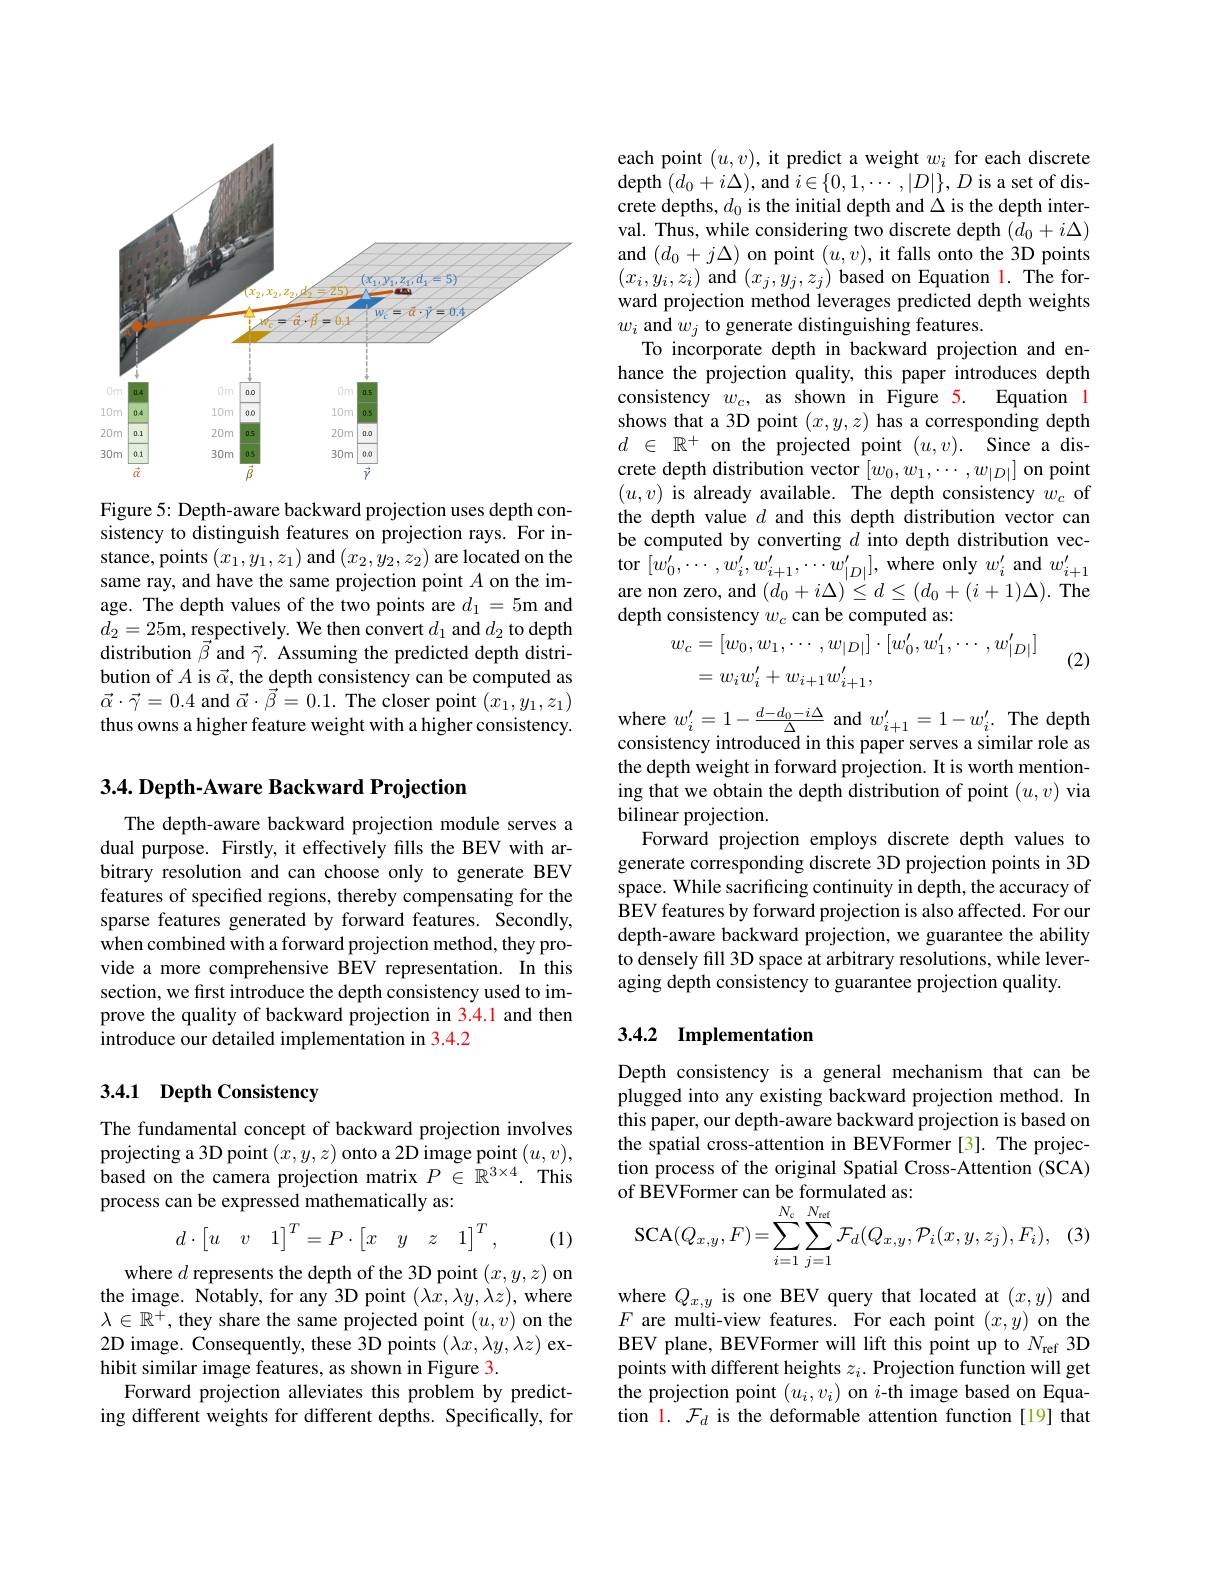
<FigureHere>

Figure 5: Depth-aware backward projection uses depth consistency to distinguish features on projection rays. For instance, points $(x_1,y_1,z_1)$ and $(x_2,y_2,z_2)$ are located on the same ray, and have the same projection point $A$ on the image. The depth values of the two points are $d_1=5$m and $d_2=25$m, respectively. We then convert $d_1$ and $d_2$ to depth distribution $\vec{\beta}$ and $\vec{\gamma}.$ Assuming the predicted depth distribution of $A$ is $\vec{\alpha}$, the depth consistency can be computed as $\vec{\alpha}\cdot\vec{\gamma}=0.4$ and $\vec{\alpha}\cdot\vec{\beta}=0.1.$ The closer point $(x_1,y_1,z_1)$ thus owns a higher feature weight with a higher consistency.

$3. 4. \textbf{ Depth- Aware Backward Projection}$

The depth-aware backward projection module serves a dual purpose. Firstly, it effectively fills the BEV with arbitrary resolution and can choose only to generate BEV features of specified regions, thereby compensating for the sparse features generated by forward features. Secondly, $\hat{\text{when combined with a forward projection method, they pro-}}$ vide a more comprehensive BEV representation. In this section, we first introduce the depth consistency used to improve the quality of backward projection in 3.4.1 and then introduce our detailed implementation in 3.4.2

## 3.4.1 Depth Consistency

The fundamental concept of backward projection involves $\begin{array}{l}\text{projecting a 3D point}\left(x,y,z\right)\text{onto a 2D image point}\left(u,v\right),\\\text{based on the camera projection matrix }P\in\mathbb{R}^{3\times4}.&\text{This}\end{array}$ process can be expressed mathematically as:
$$d\cdot\begin{bmatrix}u&v&1\end{bmatrix}^T=P\cdot\begin{bmatrix}x&y&z&1\end{bmatrix}^T,$$
(1)

where $d$ represents the depth of the 3D point $(x,y,z)$ on the image. Notably, for any 3D point $(\lambda x,\lambda y,\lambda z)$,where $\lambda\in\mathbb{R}^+$, they share the same projected point $(u,v)$ on the 2D image. Consequently, these 3D points $(\lambda x,\lambda y,\lambda z)$ exhibit similar image features, as shown in Figure 3.
Forward projection alleviates this problem by predicting different weights for different depths. Specifically, for

each point $(u,v)$, it predict a weight $w_i$ for each discrete depth $(d_0+i\Delta)$, and $i\in\{0,1,\cdots,|D|\},D$ is a set of discrete depths, $d_0$ is the initial depth and $\Delta$ is the depth interval. Thus, while considering two discrete depth $(d_0+i\Delta)$ and $(d_{0}+j\Delta)$ on point $(u,v)$, it falls onto the 3D points $(x_i,y_i,z_i)$ and $(x_j,y_j,z_j)$ based on Equation l. The forward projection method leverages predicted depth weights $w_{i}$ and $w_j$ to generate distinguishing features.
To incorporate depth in backward projection and enhance the projection quality, this paper introduces depth
Equation l
consistency $w_c$, as shown in Figure 5.
shows that a 3D point $(x,y,z)$ has a corresponding depth $d$ $\in$ $\mathbb{R} ^+$ on the projected point $( u, v) .$ Since a discrete depth distribution vector $[w_0,w_1,\cdots,w_{|D|}]$ on point $(u,v)$ is already available. The depth consistency $w_c$ of the depth value $d$ and this depth distribution vector can be computed by converting $d$ into depth distribution vector$[w_{0}^{\prime},\cdots,w_{i}^{\prime},w_{i+1}^{\prime},\cdots w_{|D|}^{\prime}]$,where only$w_i^{\prime}$and$w_i+1^{\prime}$ are non zero, and $(d_0+i\Delta)^{\prime}\leq d\leq(d_0+(i+1)\Delta).$ The depth consistency $w_c$ can be computed as:
$$\begin{aligned}&w_{c}=[w_{0},w_{1},\cdots,w_{|D|}]\cdot[w_{0}^{\prime},w_{1}^{\prime},\cdots,w_{|D|}^{\prime}]\\&=w_{i}w_{i}^{\prime}+w_{i+1}w_{i+1}^{\prime},\end{aligned}$$
(2)

$\begin{array}{l}\mathrm{where~}w_{i}^{\prime}=1-\frac{d-d_{0}-i\Delta}{\Delta}\:\mathrm{and~}w_{i+1}^{\prime}=1-w_{i}^{\prime}.&\mathrm{The~depth}\\\mathrm{consistency~introduced~in~this~paper~serves~a~similar~role~as}\end{array}$ the depth weight in forward projection. It is worth mentioning that we obtain the depth distribution of point $(u,v)$ via bilinear projection.
Forward projection employs discrete depth values to generate corresponding discrete 3D projection points in 3D space. While sacrificing continuity in depth, the accuracy of BEV features by forward projection is also affected. For our depth-aware backward projection, we guarantee the ability to densely fill 3D space at arbitrary resolutions, while leveraging depth consistency to guarantee projection quality.

## 3.4.2 Implementation

Depth consistency is a general mechanism that can be plugged into any existing backward projection method. In this paper, our depth-aware backward projection is based on the spatial cross-attention in BEVFormer [3]. The projection process of the original Spatial Cross-Attention (SCA)
$$\mathrm{SCA}(Q_{x,y},F)=\sum_{i=1}^{N_{\mathrm{c}}}\sum_{j=1}^{N_{\mathrm{ref}}}\mathcal{F}_{d}(Q_{x,y},\mathcal{P}_{i}(x,y,z_{j}),F_{i}),$$
where $Q_x,y$ is one BEV query that located at $(x,y)$ and $F$ are multi-view features. For each point $(x,y)$ on the BEV plane, BEVFormer will lift this point up to $N_\mathrm{ref}$ 3D points with different heights $z_i.$ Projection function will get the projection point $(u_i,v_i)$ on $i$-th image based on Equation l. $\mathcal{F}_d$ is the deformable attention function [19] that